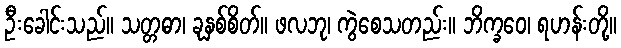
ဦးခေါင်းသည်။ သတ္တဓာ၊ ခုနှစ်စိတ်။ ဖလဘု၊ ကွဲစေသတည်း။ ဘိက္ခဝေ၊ ရဟန်းတို့။